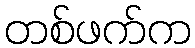
တစ်ဖက်က